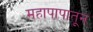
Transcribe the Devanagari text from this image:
महापापातून